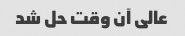
عالی آن وقت حل شد